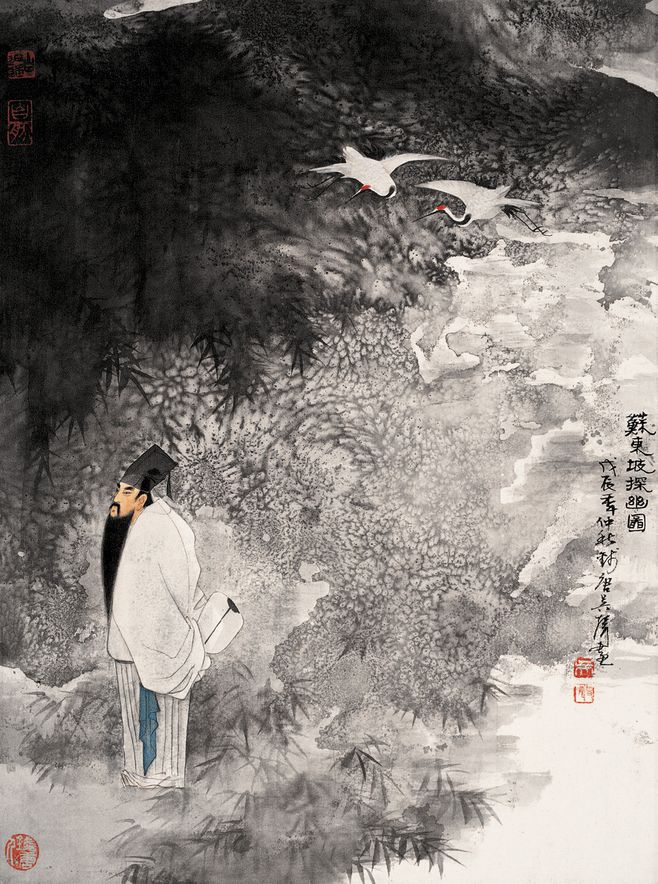
细雨斜风作晓寒。淡烟疏柳媚晴滩。